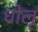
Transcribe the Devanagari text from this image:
धोलू